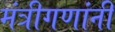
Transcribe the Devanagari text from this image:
मंत्रीगणांनी